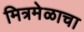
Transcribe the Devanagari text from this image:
मित्रमेळाचा